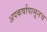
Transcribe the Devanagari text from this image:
अपकर्षापासूनच